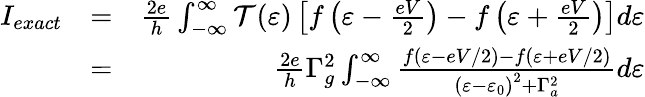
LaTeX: \begin{array}{rlr}{I_{exact}}&{=}&{\frac{2e}{h}\int_{-\infty}^{\infty}\mathcal{T}(\varepsilon)\left[f\left(\varepsilon-\frac{eV}{2}\right)-f\left(\varepsilon+\frac{eV}{2}\right)\right]d\varepsilon}\\ &{=}&{\frac{2e}{h}\Gamma_{g}^{2}\int_{-\infty}^{\infty}\frac{f\left(\varepsilon-eV/2\right)-f\left(\varepsilon+eV/2\right)}{\left(\varepsilon-\varepsilon_{0}\right)^{2}+\Gamma_{a}^{2}}d\varepsilon}\end{array}